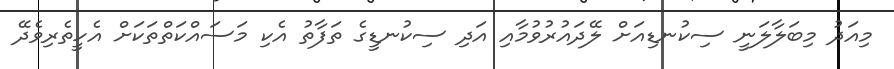
މިއަދު މިބަލާލަނީ ސިކުނޑިއަށް ލޭދައުރުވުމާއި އަދި ސިކުނޑީގެ ތަފާތު އެކި މަސައްކަތްތަކަށް އެހީތެރިވެދޭ